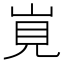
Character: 𡷹